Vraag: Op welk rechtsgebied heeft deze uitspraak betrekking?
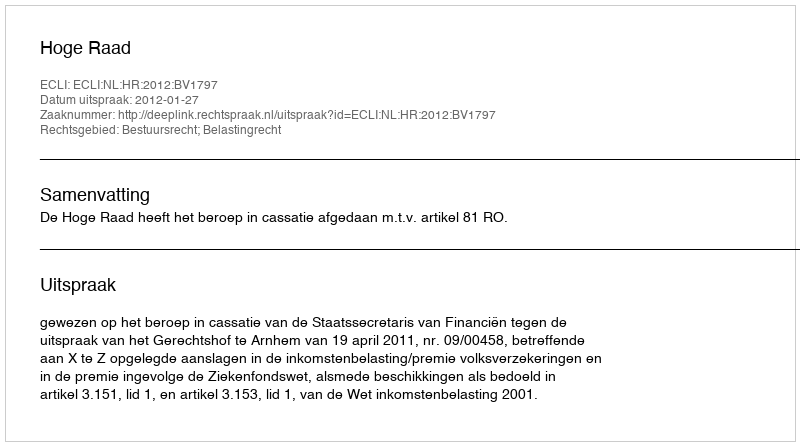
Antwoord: Bestuursrecht; Belastingrecht